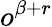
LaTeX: o^{\beta+r}